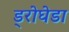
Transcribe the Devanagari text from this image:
ड्रोघेडा